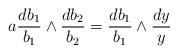
LaTeX: \begin{align*} a \frac{d b_1}{b_1} \wedge \frac{d b_2}{b_2} = \frac{d b_1}{b_1} \wedge \frac{d y}{y}\end{align*}